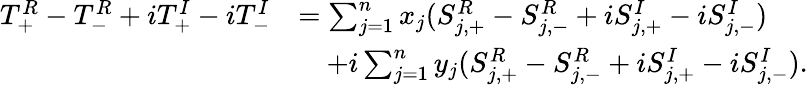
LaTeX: \begin{array}{rl}{T_{+}^{R}-T_{-}^{R}+iT_{+}^{I}-iT_{-}^{I}}&{=\sum_{j=1}^{n}x_{j}(S_{j,+}^{R}-S_{j,-}^{R}+iS_{j,+}^{I}-iS_{j,-}^{I})}\\ &{\quad+i\sum_{j=1}^{n}y_{j}(S_{j,+}^{R}-S_{j,-}^{R}+iS_{j,+}^{I}-iS_{j,-}^{I}).}\end{array}